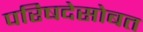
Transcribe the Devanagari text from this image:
परिषदेसोबत